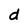
Character: d